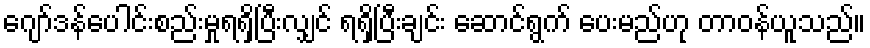
ဂျော်ဒန်ပေါင်းစည်းမှုရရှိပြီးလျှင် ရရှိပြီးချင်း ဆောင်ရွက် ပေးမည်ဟု တာဝန်ယူသည်။